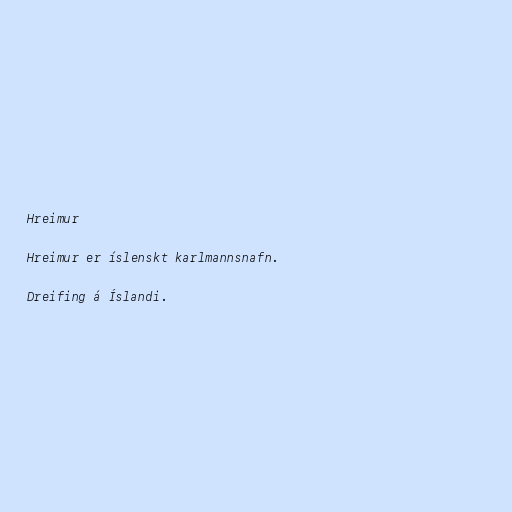
Hreimur

Hreimur er íslenskt karlmannsnafn.

Dreifing á Íslandi.